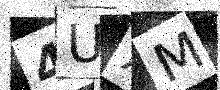
Text: 4UXM